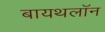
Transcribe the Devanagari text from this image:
बायथलॉन